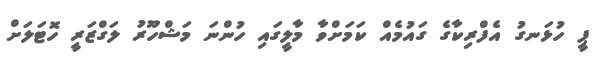
ޕީ ހުޅަނގު އެފްރިކާގެ ގައުމެއް ކަމަށްވާ މާލީގައި ހުންނަ މަޝްހޫރު ލަގްޒަރީ ހޮޓަލަށް